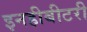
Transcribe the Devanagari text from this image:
इनहीबीटरी